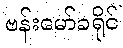
ဗန်းမော်ခရိုင်